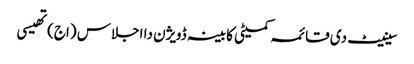
سینیٹ دی قائمہ کمیٹی کابینہ ڈویژن دا اجلاس (اج) تھیسی